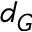
d _ { G }